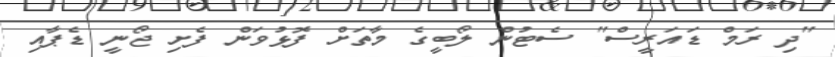
"ދި ރަމް ޑައަރީސް" ސެޓުން ލޯބީގެ މާތަށް ފޮޅުވަން ފެށި ޖޯނީ ޑެޕާއި